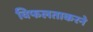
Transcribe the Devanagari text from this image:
विफलताकरने